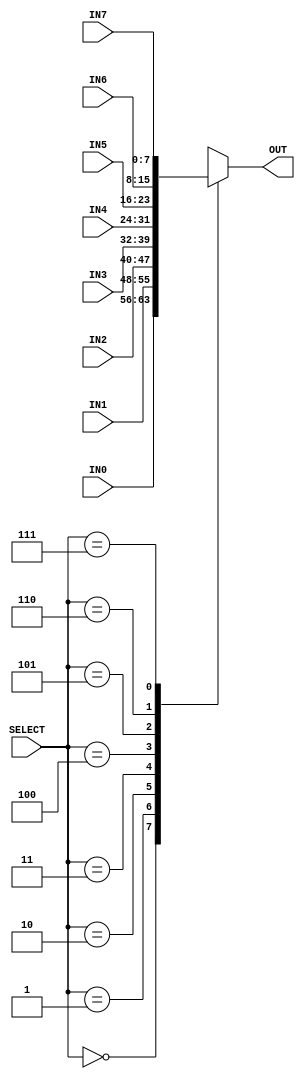
module eight_to_one_mux(IN0, IN1, IN2, IN3, IN4, IN5, IN6, IN7, SELECT, OUT);
	input [7:0] IN0;
	input [7:0] IN1;
	input [7:0] IN2;
	input [7:0] IN3;
	input [7:0] IN4;
	input [7:0] IN5;
	input [7:0] IN6;
	input [7:0] IN7;
	input [2:0] SELECT;
	
	output [7:0] OUT;
	reg [7:0] OUT;
	always @(*) begin
		case(SELECT)
			3'd0: begin
				OUT = IN0;
			end
			3'd1: begin
				OUT = IN1;
			end
			3'd2: begin
				OUT = IN2;
			end
			3'd3: begin
				OUT = IN3;
			end
			3'd4: begin
				OUT = IN4;
			end
			3'd5: begin
				OUT = IN5;
			end
			3'd6: begin
				OUT = IN6;
			end
			3'd7: begin
				OUT = IN7;
			end
		endcase
	end
endmodule